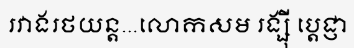
រវាងរថយន្ត...លោកសម រង្ស៊ី ប្តេជ្ញា